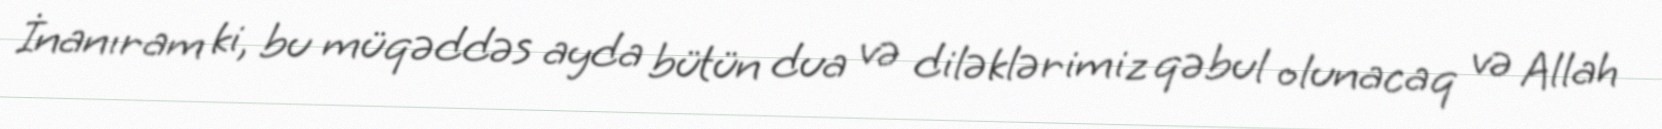
İnanıram ki, bu müqəddəs ayda bütün dua və diləklərimiz qəbul olunacaq və Allah